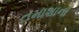
તમાશાના